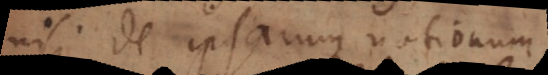
nisi de ipsarum notionum